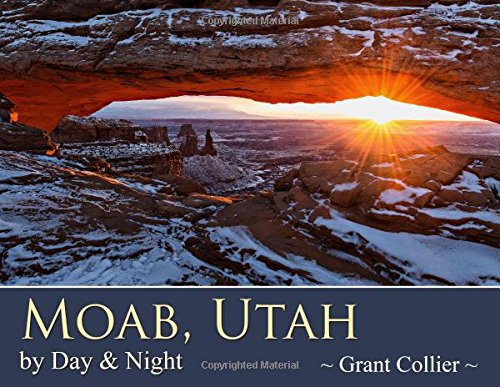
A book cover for Moab, Utah by Day & Night; Grant Collier; Travel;